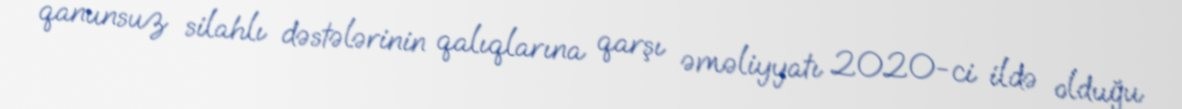
qanunsuz silahlı dəstələrinin qalıqlarına qarşı əməliyyatı 2020-ci ildə olduğu